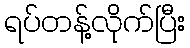
ရပ်တန့်လိုက်ပြီး